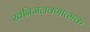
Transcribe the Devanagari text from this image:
खनिजलवणात्मक